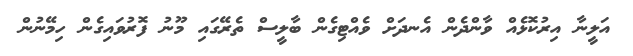
އަލީނާ އިރުކޮޅެއް ވާންދެން އެނދަށް ވެއްޓިގެން ބާލީސް ތެރޭގައި މޫނު ފޮރުވައިގެން ހިމޭނުން